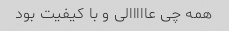
همه چی عااااالی و با کیفیت بود